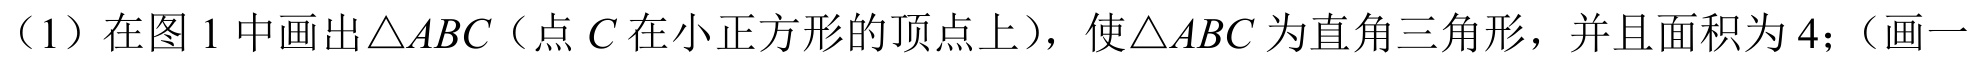
（1）在图1中画出\(\triangle ABC\)（点\(C\)在小正方形的顶点上），使\(\triangle ABC\)为直角三角形，并且面积为\(4\)；（画一